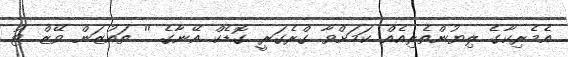
އެމެރިކާގެ ލިޔުންތެރިއެއް ކަމަށްވާ ގްރެގަރީ ގޮޑެކް އޭނާގެ '' ތައުޒަން ވޭޒް ޓު